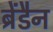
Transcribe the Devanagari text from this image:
ब्रेंडैन